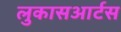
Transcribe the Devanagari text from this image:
लुकासआर्टस